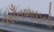
વસઁતભાઇનો